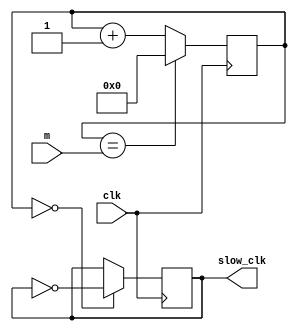
`timescale 1ns / 1ps
//////////////////////////////////////////////////////////////////////////////////
// Company: 
// Engineer: 
// 
// Design Name: 
// Module Name: calc_clk
// Project Name: 
// Target Devices: 
// Tool Versions: 
// Description: 
// 
// Dependencies: 
// 
// Revision:
// Revision 0.01 - File Created
// Additional Comments:
// 
//////////////////////////////////////////////////////////////////////////////////


module calc_clk(
    input clk, input[31:0] m, output reg slow_clk = 0
    );
reg[31:0] ct = 0;
always @(posedge clk) begin
    ct <= (ct == m)? 0 : ct + 1;
    slow_clk <= (ct == 0)? ~slow_clk : slow_clk;
end    
endmodule